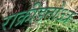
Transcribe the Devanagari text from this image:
राक्रीडतोऽत्र